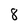
Character: 8